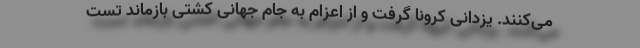
می‌کنند. یزدانی کرونا گرفت و از اعزام به جام جهانی کشتی بازماند تست